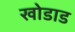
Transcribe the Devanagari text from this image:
खोडाड